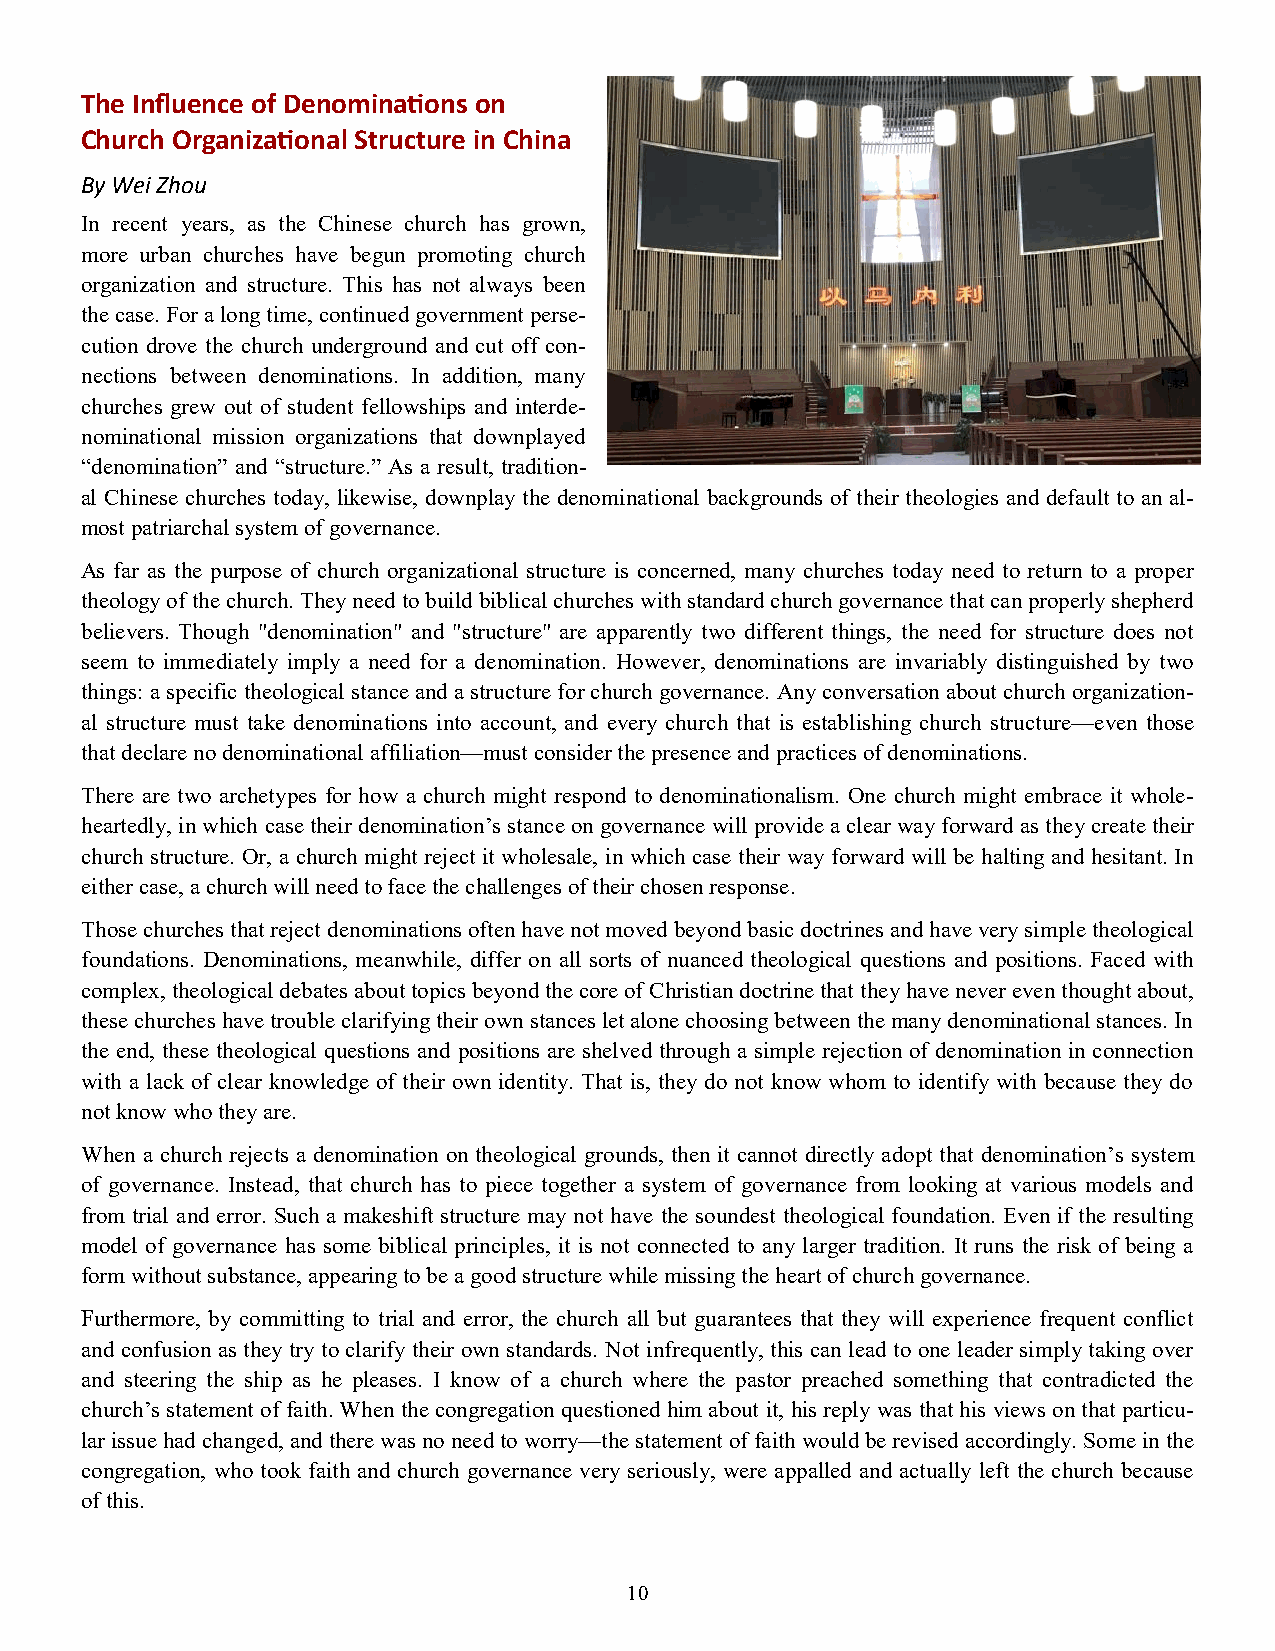
The Influence of Denominations on
 Church Organizational Structure in China
 By Wei Zhou
 In recent years, as the Chinese church has grown,
 more urban churches have begun promoting church
 organization and structure. This has not always been
 the case. For a long time, continued government perse-
 cution drove the church underground and cut off con-
 nections between denominations. In addition, many
 churches grew out of student fellowships and interde-
 nominational mission organizations that downplayed
 “denomination” and “structure.” As a result, tradition-
 al Chinese churches today, likewise, downplay the denominational backgrounds of their theologies and default to an al-
 most patriarchal system of governance.
 As far as the purpose of church organizational structure is concerned, many churches today need to return to a proper
 theology of the church. They need to build biblical churches with standard church governance that can properly shepherd
 believers. Though "denomination" and "structure" are apparently two different things, the need for structure does not
 seem to immediately imply a need for a denomination. However, denominations are invariably distinguished by two
 things: a specific theological stance and a structure for church governance. Any conversation about church organization-
 al structure must take denominations into account, and every church that is establishing church structure—even those
 that declare no denominational affiliation—must consider the presence and practices of denominations.
 There are two archetypes for how a church might respond to denominationalism. One church might embrace it whole-
 heartedly, in which case their denomination’s stance on governance will provide a clear way forward as they create their
 church structure. Or, a church might reject it wholesale, in which case their way forward will be halting and hesitant. In
 either case, a church will need to face the challenges of their chosen response.
 Those churches that reject denominations often have not moved beyond basic doctrines and have very simple theological
 foundations. Denominations, meanwhile, differ on all sorts of nuanced theological questions and positions. Faced with
 complex, theological debates about topics beyond the core of Christian doctrine that they have never even thought about,
 these churches have trouble clarifying their own stances let alone choosing between the many denominational stances. In
 the end, these theological questions and positions are shelved through a simple rejection of denomination in connection
 with a lack of clear knowledge of their own identity. That is, they do not know whom to identify with because they do
 not know who they are.
 When a church rejects a denomination on theological grounds, then it cannot directly adopt that denomination’s system
 of governance. Instead, that church has to piece together a system of governance from looking at various models and
 from trial and error. Such a makeshift structure may not have the soundest theological foundation. Even if the resulting
 model of governance has some biblical principles, it is not connected to any larger tradition. It runs the risk of being a
 form without substance, appearing to be a good structure while missing the heart of church governance.
 Furthermore, by committing to trial and error, the church all but guarantees that they will experience frequent conflict
 and confusion as they try to clarify their own standards. Not infrequently, this can lead to one leader simply taking over
 and steering the ship as he pleases. I know of a church where the pastor preached something that contradicted the
 church’s statement of faith. When the congregation questioned him about it, his reply was that his views on that particu-
 lar issue had changed, and there was no need to worry—the statement of faith would be revised accordingly. Some in the
 congregation, who took faith and church governance very seriously, were appalled and actually left the church because
 of this.
 10